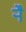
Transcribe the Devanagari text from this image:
र्‍ाै